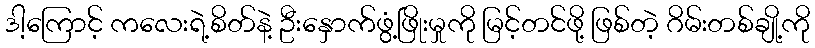
ဒါ့ကြောင့် ကလေးရဲ့စိတ်နဲ့ ဦးနှောက်ဖွံ့ဖြိုးမှုကို မြင့်တင်ဖို့ ဖြစ်တဲ့ ဂိမ်းတစ်ချို့ကို